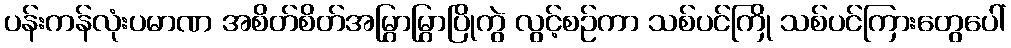
ပန်းကန်လုံးပမာဏ အစိတ်စိတ်အမြွှာမြွှာပြိုကွဲ လွင့်စဉ်ကာ သစ်ပင်ကြို သစ်ပင်ကြားတွေပေါ်